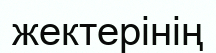
жектерінің